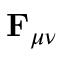
\mathbf { F } _ { \mu \nu }